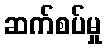
ဆက်စပ်မှု